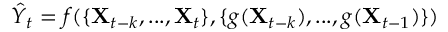
\hat { Y } _ { t } = f ( \{ \mathbf { X } _ { t - k } , . . . , \mathbf { X } _ { t } \} , \{ g ( \mathbf { X } _ { t - k } ) , . . . , g ( \mathbf { X } _ { t - 1 } ) \} )